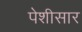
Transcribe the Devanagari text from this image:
पेशीसार